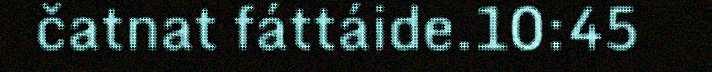
čatnat fáttáide.10:45